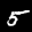
Label: 5